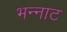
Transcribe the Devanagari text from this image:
भन्‍नाट